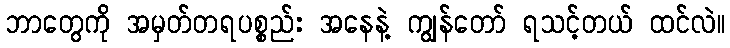
ဘာတွေကို အမှတ်တရပစ္စည်း အနေနဲ့ ကျွန်တော် ရသင့်တယ် ထင်လဲ။